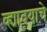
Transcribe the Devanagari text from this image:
व्ह्यावयाचे